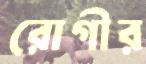
রোগীর